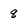
Character: q